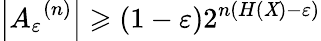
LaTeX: \left|{A_{\varepsilon}}^{(n)}\right|\geqslant(1-\varepsilon)2^{n(H(\mathit{X})-\varepsilon)}